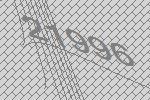
21996